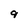
Character: 9